Civil Veterinary Dept. Bombay admin report 1923-31 - 1923-1931
Year: 1923
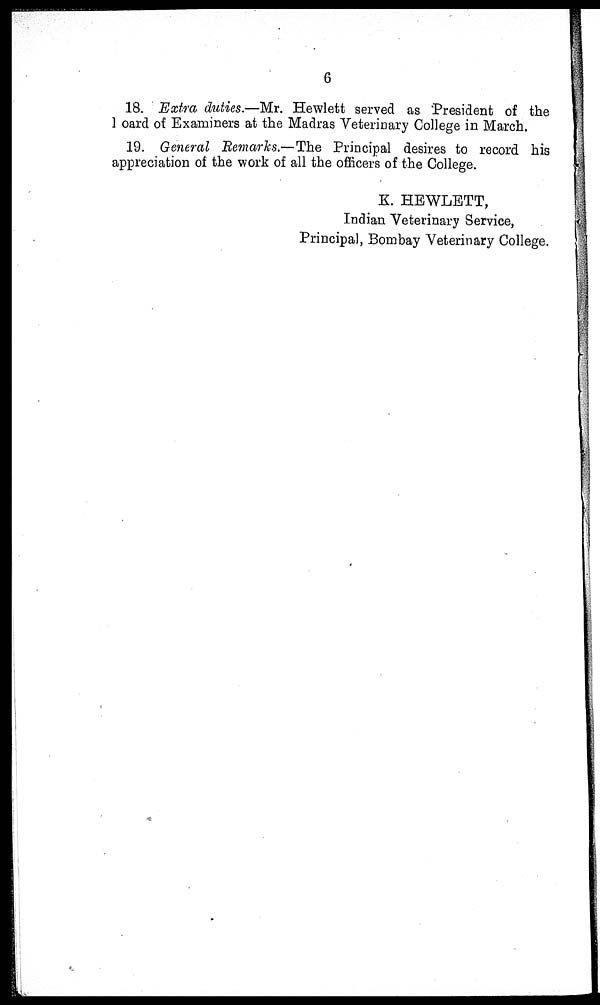
6
18. Extra duties.—Mr. Hewlett served as President of the
l oard of Examiners at the Madras Veterinary College in March.
19. General Remarks.—The Principal desires to record his
appreciation of the work of all the officers of the College.
K. HEWLETT,
Indian Veterinary Service,
Principal, Bombay Veterinary College.